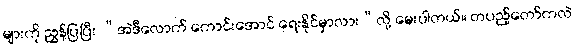
များကို ညွှန်ပြပြီး “အဲဒီလောက် ကောင်းအောင် ရေးနိုင်မှာလား”လို့ မေးပါတယ်။ တပည့်တော်ကလဲ